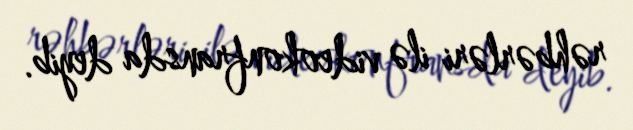
rəhbərləri ilə videokonfransda deyib.